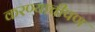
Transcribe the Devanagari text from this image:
करण्याचीपण